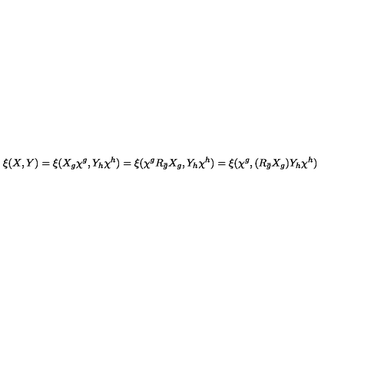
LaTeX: \xi ( X , Y ) = \xi ( X _ { g } \chi ^ { g } , Y _ { h } \chi ^ { h } ) = \xi ( \chi ^ { g } R _ { \bar { g } } X _ { g } , Y _ { h } \chi ^ { h } ) = \xi ( \chi ^ { g } , ( R _ { \bar { g } } X _ { g } ) Y _ { h } \chi ^ { h } )